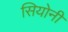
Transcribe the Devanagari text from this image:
सियोनी